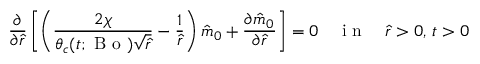
\frac { \partial } { \partial \hat { r } } \left[ \left( \frac { 2 \chi } { \theta _ { c } ( t ; \mathrm { ~ B ~ o ~ } ) \sqrt { \hat { r } } } - \frac { 1 } { \hat { r } } \right) \hat { m } _ { 0 } + \frac { \partial \hat { m } _ { 0 } } { \partial \hat { r } } \right] = 0 \quad \mathrm { ~ i ~ n ~ } \quad \hat { r } > 0 , \, t > 0